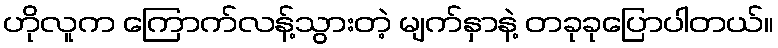
ဟိုလူက ကြောက်လန့်သွားတဲ့ မျက်နှာနဲ့ တခုခုပြောပါတယ်။